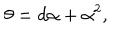
LaTeX: \theta = d \alpha + \alpha ^ { 2 } ,